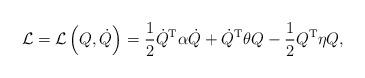
LaTeX: \begin{align*}\mathcal{L}=\mathcal{L}\left( Q,\dot{Q}\right) =\frac{1}{2}\dot{Q}^{\mathrm{T}}\alpha\dot{Q}+\dot{Q}^{\mathrm{T}}\theta Q-\frac{1}{2}Q^{\mathrm{T}}\eta Q, \end{align*}